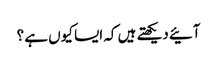
آئیے دیکھتے ہیں کہ ایسا کیوں ہے ؟